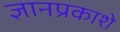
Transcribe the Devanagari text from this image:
ज्ञानप्रकाशे